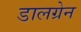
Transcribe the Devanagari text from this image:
डालग्रेन